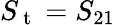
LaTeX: S_{\mathrm{~t~}}=S_{21}